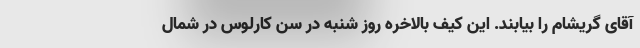
آقای گریشام را بیابند. این کیف بالاخره روز شنبه در سن کارلوس در شمال